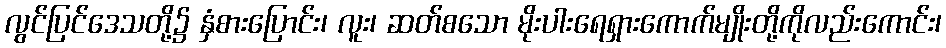
လွင်ပြင်ဒေသတို့၌ နှံစားပြောင်း၊ လူး၊ ဆတ်စသော မိုးပါးရေရှားကောက်မျိုးတို့ကိုလည်းကောင်း၊